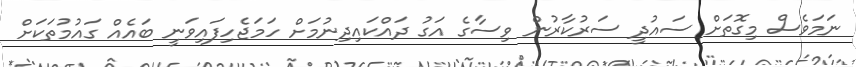
ނަމަވެސް މިގޮތަށް ސައުދީ ސަރުކާރުން ވިސާގެ އަގު ދައްކައިދިނުމަށް ހަމަޖެހިފައިވަނީ ބައެއް ގައުމުތަކަށް